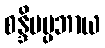
စန္ဒိမပ္ပဘာယ